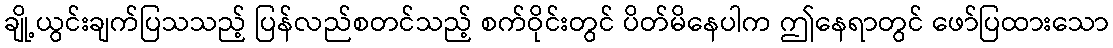
ချို့ယွင်းချက်ပြသသည့် ပြန်လည်စတင်သည့် စက်ဝိုင်းတွင် ပိတ်မိနေပါက ဤနေရာတွင် ဖော်ပြထားသော